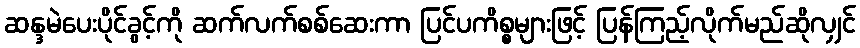
ဆန္ဒမဲပေးပိုင်ခွင့်ကို ဆက်လက်စစ်ဆေးကာ ပြင်ပကိစ္စများဖြင့် ပြန်ကြည့်လိုက်မည်ဆိုလျှင်